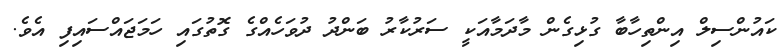
ކައުންސިލް އިންތިހާބާ ގުޅިގެން މާދަމާއަކީ ސަރުކާރު ބަންދު ދުވަހެއްގެ ގޮތުގައި ހަމަޖައްސައިފި އެވެ.